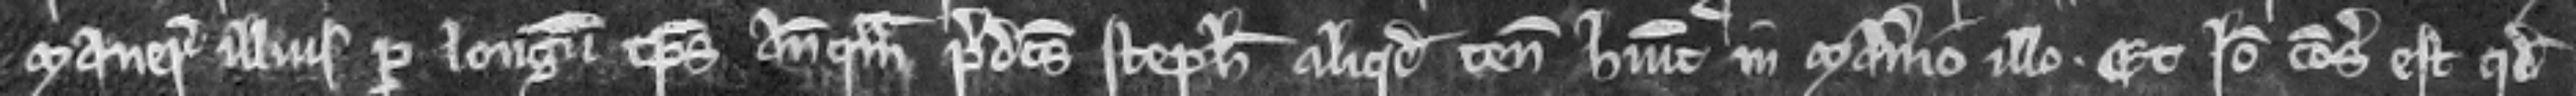
manerii illius per longum tempus antequam predictus Stephanus aliquod tenementum habuit in manerio illo. Et ideo consideratum est quod